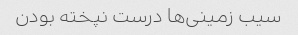
سیب زمینی‌ها درست نپخته بودن